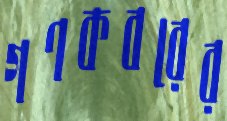
গণকবরের